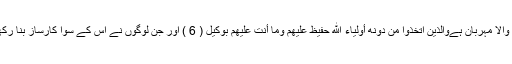
سن رکھو کہ خدا بخشنے والا مہربان ہےوَالَّذِينَ اتَّخَذُوا مِن دُونِهِ أَوْلِيَاءَ اللَّهُ حَفِيظٌ عَلَيْهِمْ وَمَا أَنتَ عَلَيْهِم بِوَكِيلٍ ( 6 ) اور جن لوگوں نے اس کے سوا کارساز بنا رکھے ہیں وہ خدا کو یاد ہیں۔